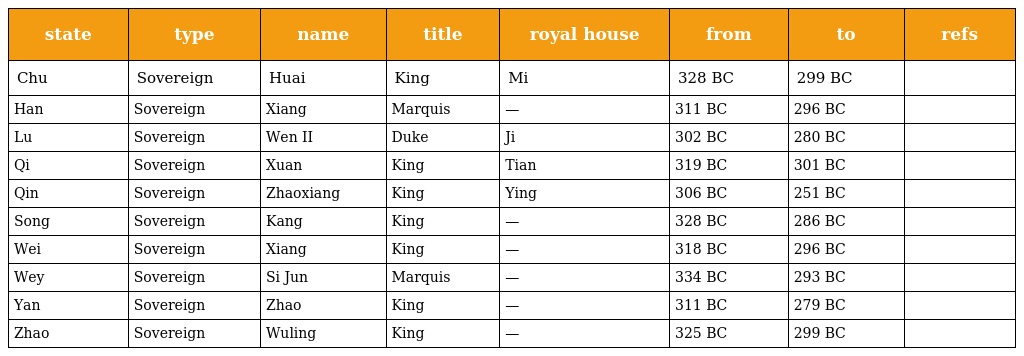
| state | type | name | title | royal house | from | to | refs |
 | --- | --- | --- | --- | --- | --- | --- | --- |
 | Chu | Sovereign | Huai | King | Mi | 328 BC | 299 BC |  |
 | Han | Sovereign | Xiang | Marquis | — | 311 BC | 296 BC |  |
 | Lu | Sovereign | Wen II | Duke | Ji | 302 BC | 280 BC |  |
 | Qi | Sovereign | Xuan | King | Tian | 319 BC | 301 BC |  |
 | Qin | Sovereign | Zhaoxiang | King | Ying | 306 BC | 251 BC |  |
 | Song | Sovereign | Kang | King | — | 328 BC | 286 BC |  |
 | Wei | Sovereign | Xiang | King | — | 318 BC | 296 BC |  |
 | Wey | Sovereign | Si Jun | Marquis | — | 334 BC | 293 BC |  |
 | Yan | Sovereign | Zhao | King | — | 311 BC | 279 BC |  |
 | Zhao | Sovereign | Wuling | King | — | 325 BC | 299 BC |  |